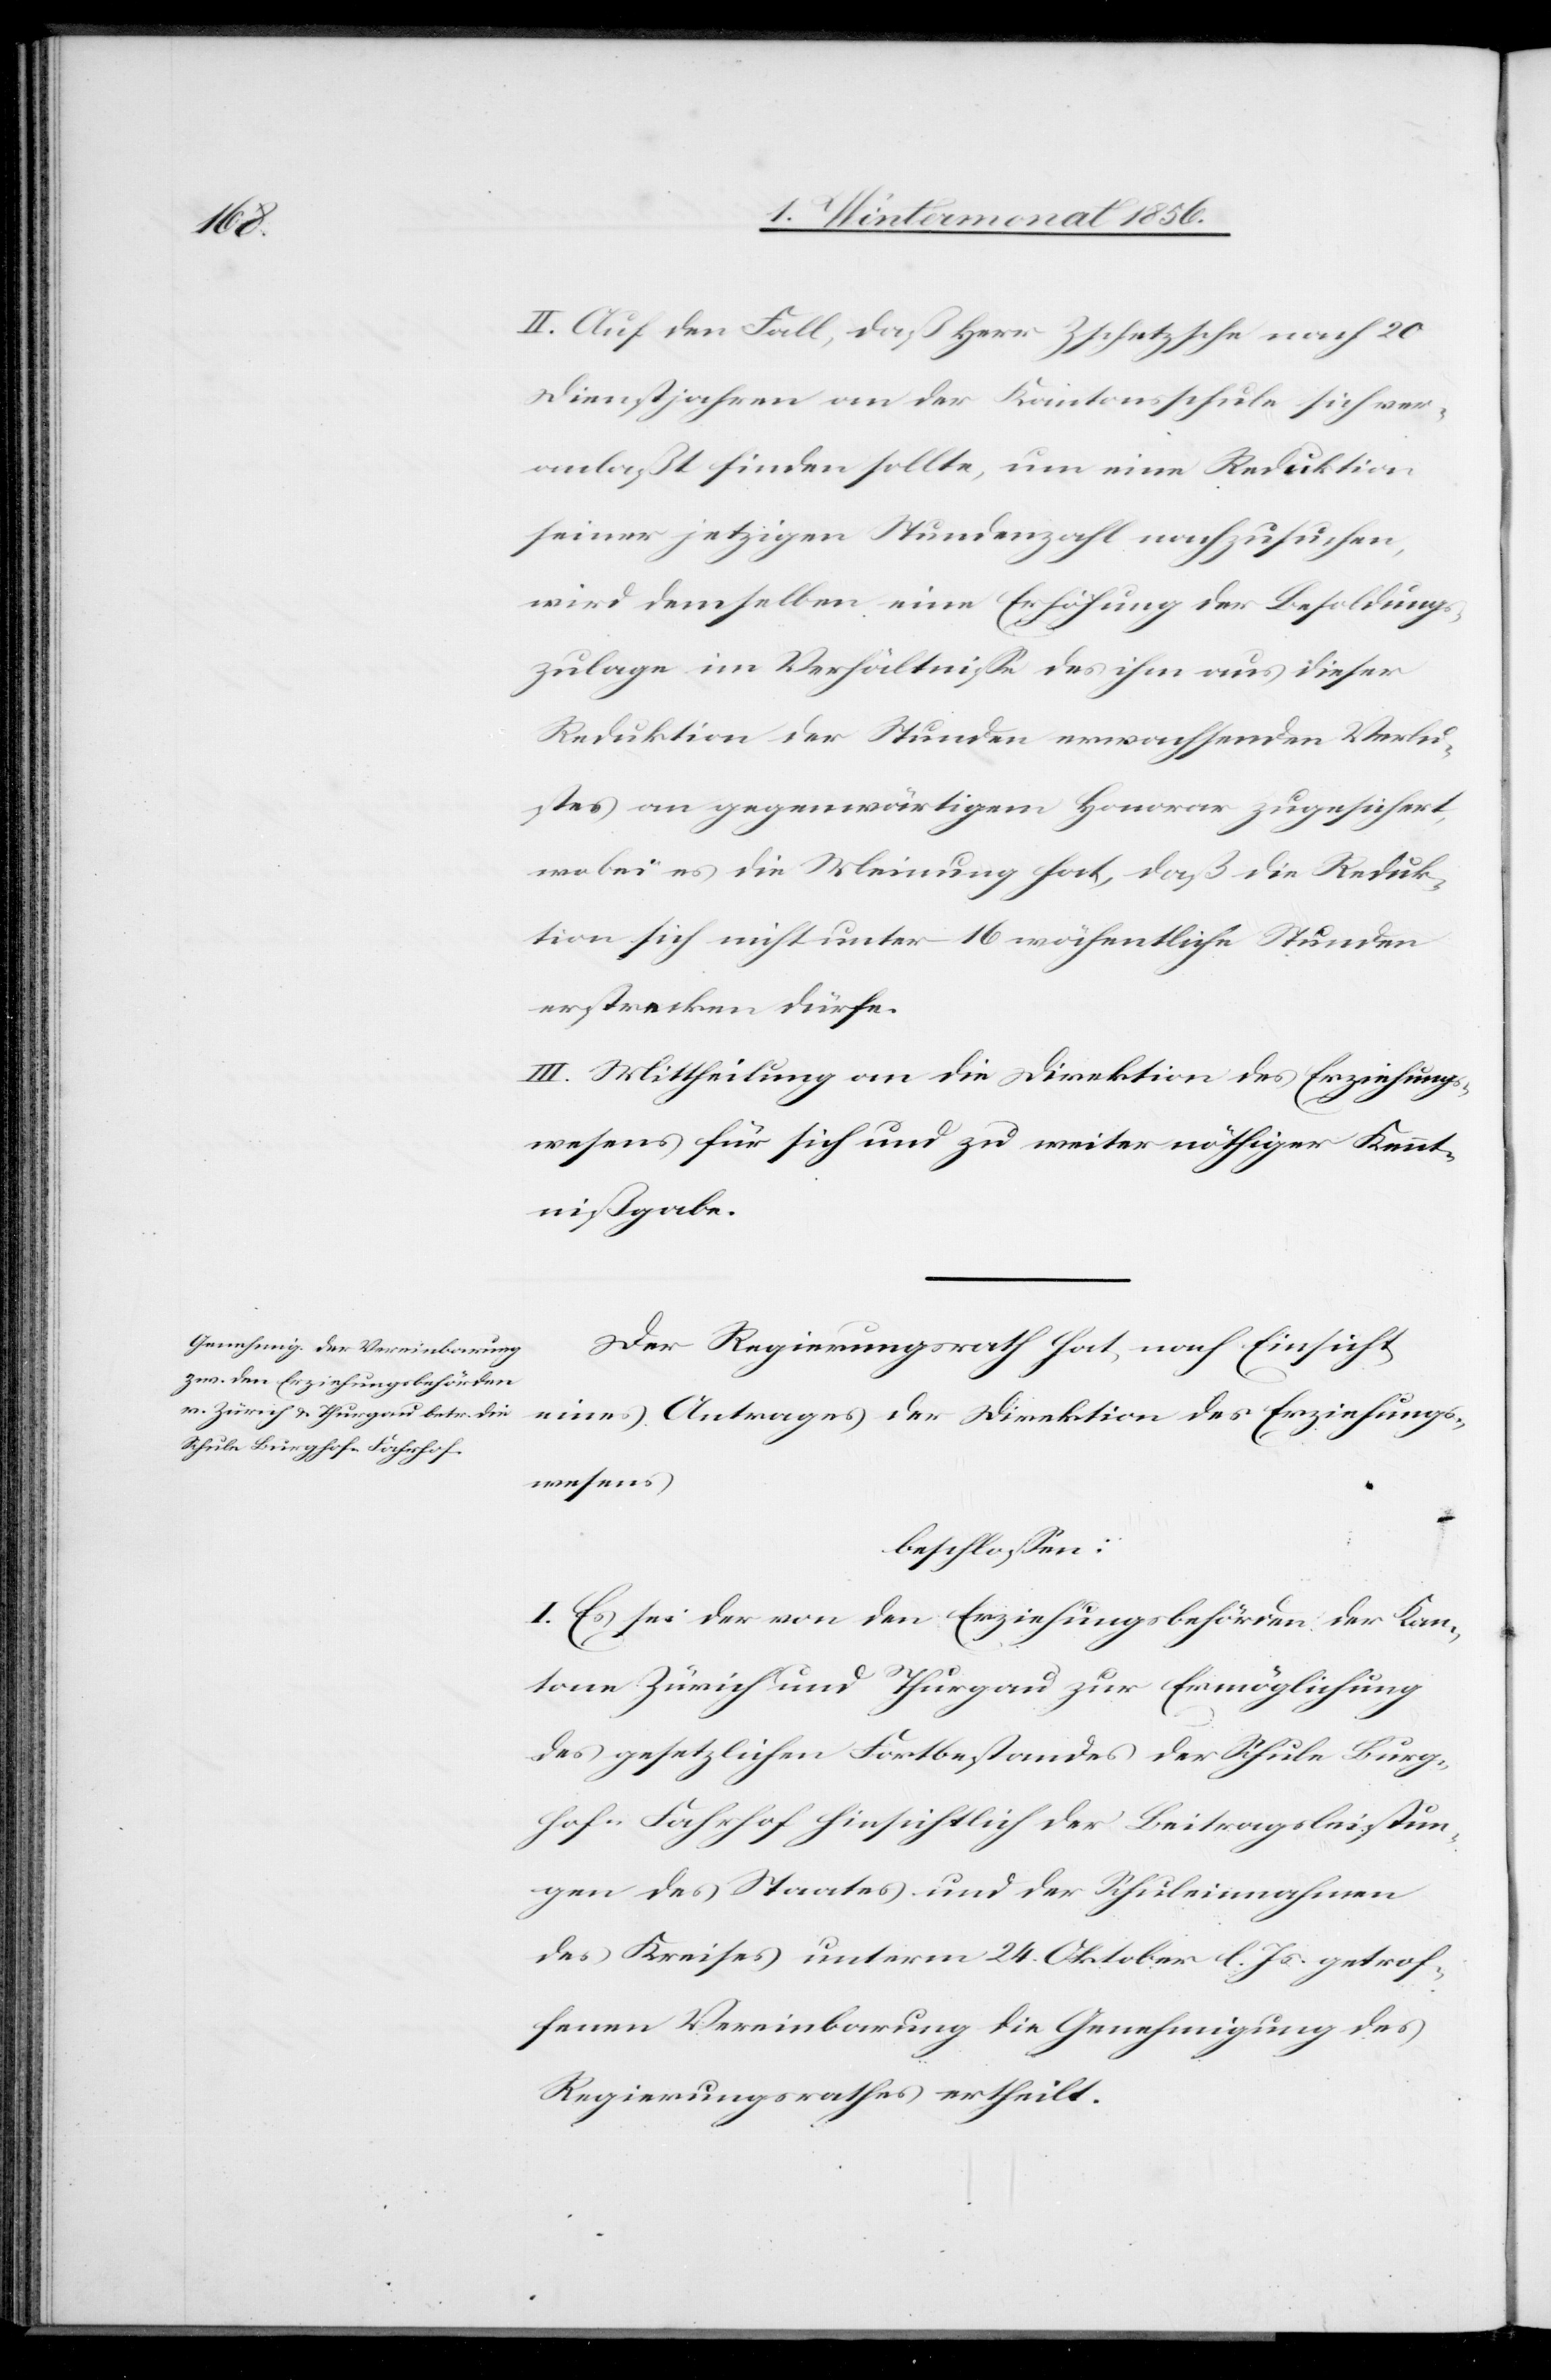
II. Auf den Fall, daß Herr Zschetzsche nach 20
Dienstjahren an der Kantonsschule sich ver¬
anlaßt finden sollte, um eine Reduktion
seiner jetzigen Stundenzahl nachzusuchen,
wird demselben eine Erhöhung der Besoldungs¬
zulage im Verhältnisse des ihm aus dieser
Reduktion der Stunden erwachsenden Verlu¬
stes an gegenwärtigem Honorar zugesichert,
wobei es die Meinung hat, daß die Reduk¬
tion sich nicht unter 16 wöchentliche Stunden
erstrecken dürfe.
III. Mittheilung an die Direktion des Erziehungs¬
wesens für sich und zu weiter nöthiger Kennt¬
nißgabe.
Der Regierungsrath hat, nach Einsicht
eines Antrages der Direktion des Erziehungs¬
wesens
beschlossen:
I. Es sei der von den Erziehungsbehörden der Kan¬
tone Zürich und Thurgau zur Ermöglichung
des gesetzlichen Fortbestandes der Schule Burg¬
hof-Fahrhof hinsichtlich der Beitragsleistun¬
gen des Staates und der Schuleinnahmen
des Kreises unterm 24. Oktober l. Js. getrof¬
fenen Vereinbarung die Genehmigung des
Regierungsrathes ertheilt.